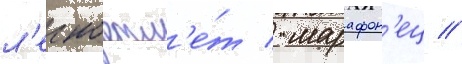
л'егкоатл'е́т / марафон'ец //